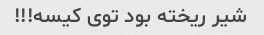
شیر ریخته بود توی کیسه!!!